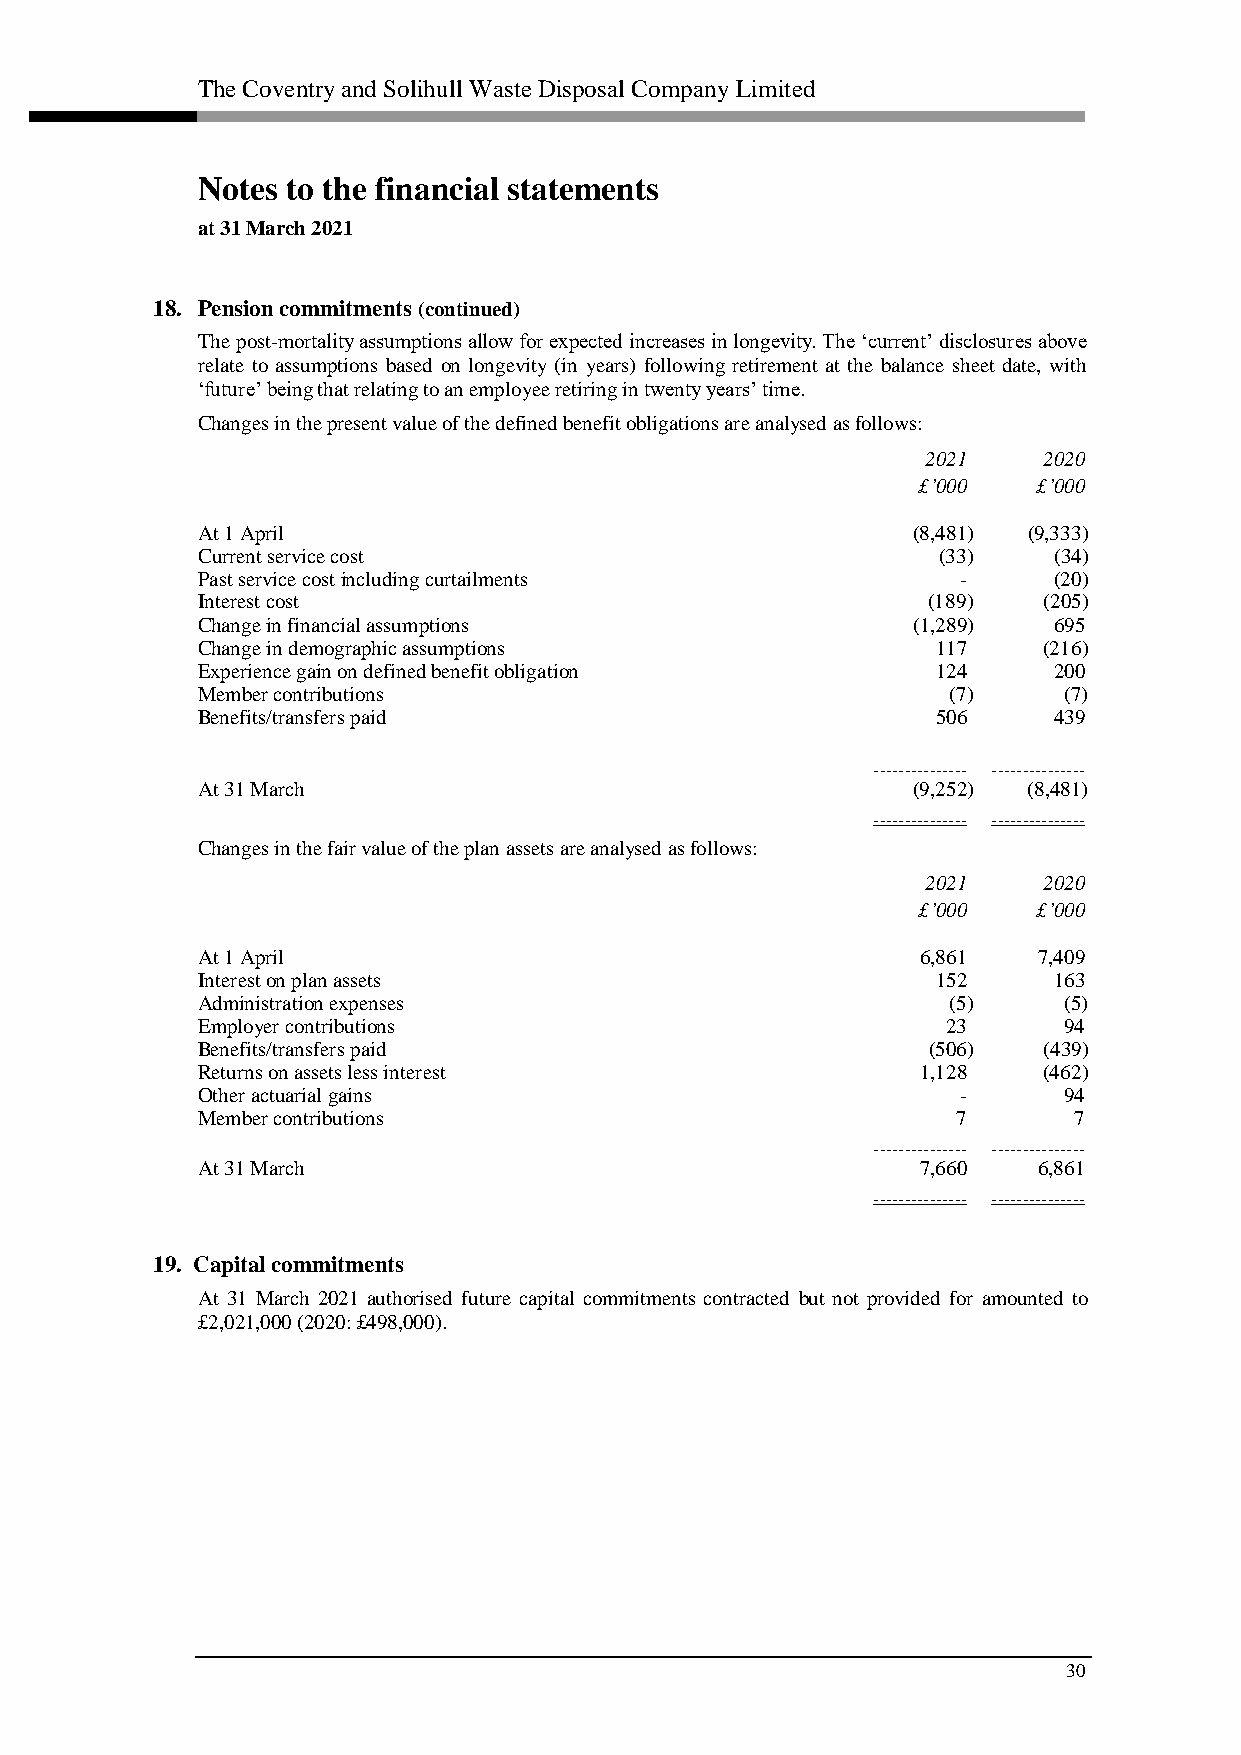
The Coventry and Solihull Waste Disposal Company Limited
 Notes to the financial statements
 at 31 March 2021
 18. Pension commitments (continued)
 The post-mortality assumptions allow for expected increases in longevity. The ‘current’ disclosures above
 relate to assumptions based on longevity (in years) following retirement at the balance sheet date, with
 ‘future’ being that relating to an employee retiring in twenty years’ time.
 Changes in the present value of the defined benefit obligations are analysed as follows:
 2021    2020
 £’000   £’000
 At 1 April                                     (8,481) (9,333)
 Current service cost                             (33)    (34)
 Past service cost including curtailments          -      (20)
 Interest cost                                   (189)   (205)
 Change in financial assumptions                (1,289)   695
 Change in demographic assumptions                117    (216)
 Experience gain on defined benefit obligation    124     200
 Member contributions                              (7)    (7)
 Benefits/transfers paid                          506     439
 ––––––––––––––– –––––––––––––––
 At 31 March                                    (9,252) (8,481)
 ––––––––––––––– –––––––––––––––
 Changes in the fair value of the plan assets are analysed as follows:
 2021    2020
 £’000   £’000
 At 1 April                                      6,861   7,409
 Interest on plan assets                          152     163
 Administration expenses                           (5)    (5)
 Employer contributions                            23     94
 Benefits/transfers paid                         (506)   (439)
 Returns on assets less interest                 1,128   (462)
 Other actuarial gains                             -      94
 Member contributions                              7       7
 ––––––––––––––– –––––––––––––––
 At 31 March                                     7,660   6,861
 ––––––––––––––– –––––––––––––––
 19. Capital commitments
 At 31 March 2021 authorised future capital commitments contracted but not provided for amounted to
 £2,021,000 (2020: £498,000).
 30